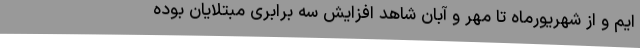
ایم و از شهریورماه تا مهر و آبان شاهد افزایش سه برابری مبتلایان بوده